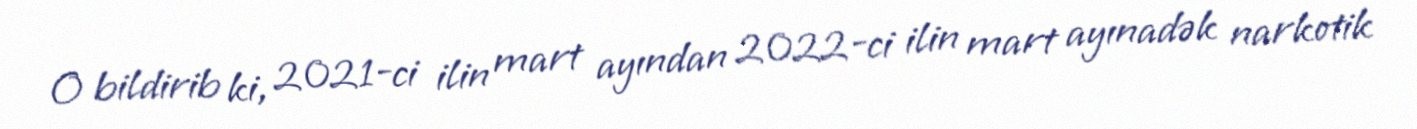
O bildirib ki, 2021-ci ilin mart ayından 2022-ci ilin mart ayınadək narkotik